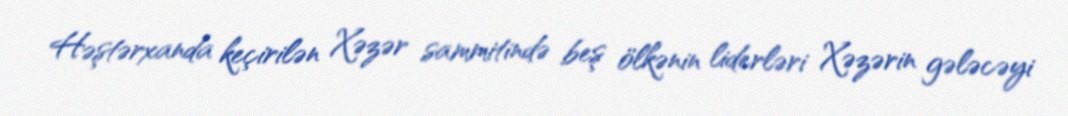
Həştərxanda keçirilən Xəzər sammitində beş ölkənin liderləri Xəzərin gələcəyi